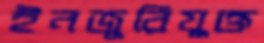
ইনজুরিযুক্ত